Annual report of the Punjab Veterinary College and of the Civil Veterinary Department, Punjab - 1926-1932
Year: 1926
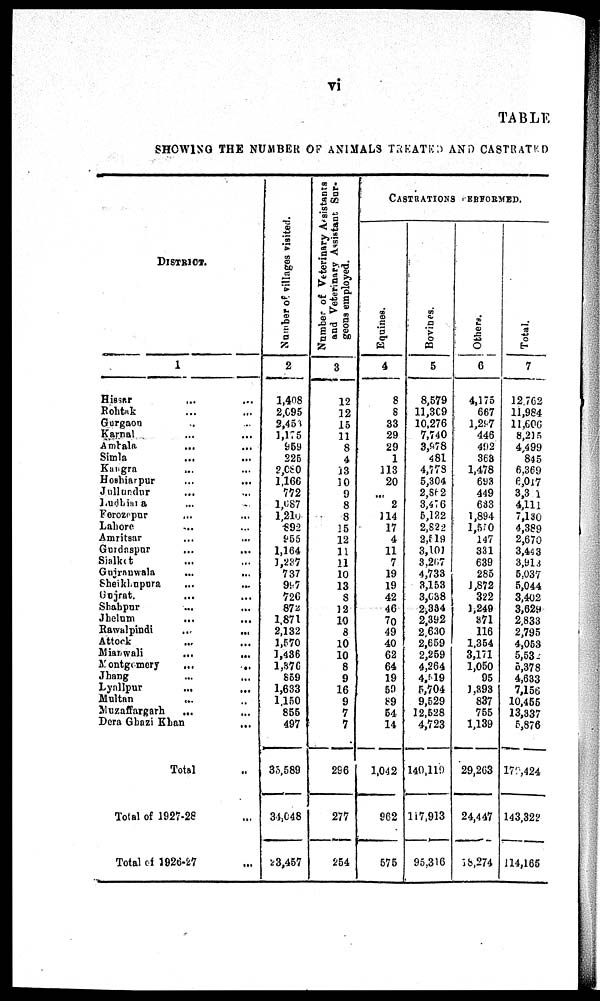
vi
TABLE
SHOWING THE NUMBER OF ANIMALS TREATED AND CASTRATED
DISTRICT.
1
Hissar … …
Rohtak … …
Gurgaon … …
Karnal … …
Ambala … …
Simla … …
Kangra … …
Hoshiarpur … …
Jullundur ... ...
Ludhiana … …
Ferozepur … …
Lahore … …
Amritsar … …
Gurdaspur … …
Sialkot … …
Gujranwala
...
...
Sheikhupura … …
Gujrat. … …
Shahpur … …
Jhelum … …
Rawalpindi
...
...
Attock … …
Mianwali
...
...
Montgemery
...
...
Jhang … …
Lyallpur … …
Multan … …
Muzaffargarh … …
Dera Ghazi Khan … …
Total ...
Total of 1927-28 ...
Total of 1926-27 ...
Number of villages visited.
2
1,408
2,695
2,453
1,175
959
225
2,080
1,166
772
1,087
1,210
892
955
1,164
1,237
737
997
726
872
1,871
2,132
1,570
1,436
1,376
859
1,633
1,150
855
497
35,589
34,048
23,457
Number of Veterinary Assistants
and Veterinary Assistant Sur-
geons employed.
3
12
12
15
11
8
4
13
10
9
8
8
15
12
11
11
10
13
8
12
10
8
10
10
8
9
16
9
7
7
296
277
254
CASTRATION REFORMED.
Equines.
4
8
6
33
29
29
1
113
20
...
2
114
17
4
11
7
19
19
42
46
70
49
40
62
64
19
50
89
54
14
1,042
962
575
Bovines.
5
8,579
11,309
10,276
7,740
3,978
481
4,773
5,304
2,962
3,476
5,122
2,822
2,519
3,101
3,207
4,733
3,153
3,638
2,334
2,392
2,630
2,659
2,259
4,264
4,519
5,704
9,529
12,528
4,723
140,119
117,913
95,316
Others.
6
4,175
667
1,297
446
492
363
1,478
693
449
633
1,894
l,590
147
331
639
285
1,872
322
1,249
371
116
1,354
3,171
1,050
95
1.893
837
755
1,139
29,263
24,447
18,274
Total.
7
12,762
11,984
11,606
8,215
4,499
845
6.369
6,0l7
3,3 l
4,111
7,130
4,389
2,670
3,44 3
3,913
5.037
5,044
3,402
3,629
2,833
2,795
4,053
5,532
5,378
4,633
7,156
10,455
13,337
5,876
172,424
143,322
114,165